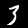
Label: 3